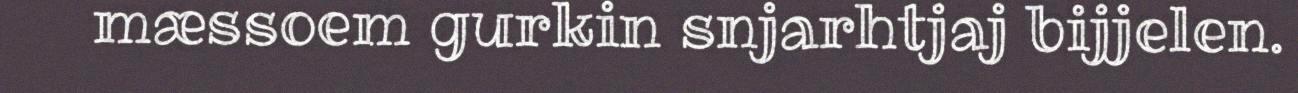
mæssoem gurkin snjarhtjaj bijjelen.